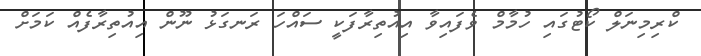
ކްރިމިނަލް ކޯޓުގައި ހުމާމް ވެފައިވާ އިއުތިރާފަކީ ސައްހަ ރަނގަޅު ނޫން އިއުތިރާފެއް ކަމަށް